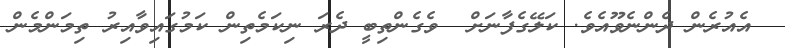
އެއުރެން ދެންނެވޫއެވެ. ކަލޭގެފާނަށް  ވެގެންތިބީ ދެރަ ނިކަމެތިން ކަމުގައިވާއިރު ތިމަންމެން